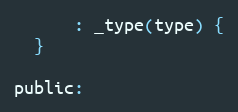
Language: C
      : _type(type) {
  }

public: